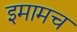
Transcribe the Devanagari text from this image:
इमामच